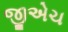
જીએચ